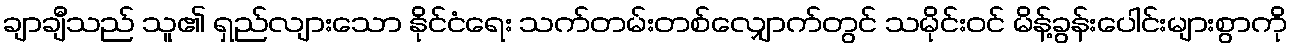
ချာချီသည် သူ၏ ရှည်လျားသော နိုင်ငံရေး သက်တမ်းတစ်လျှောက်တွင် သမိုင်းဝင် မိန့်ခွန်းပေါင်းများစွာကို